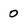
Character: 0